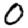
Digit: 0